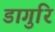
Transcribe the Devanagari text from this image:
डागुरि